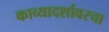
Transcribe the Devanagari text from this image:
काव्यादर्शावरचा